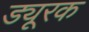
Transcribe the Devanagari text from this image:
ड्यूरक